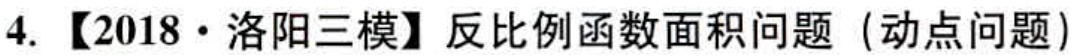
4.【2018·洛阳三模】反比例函数面积问题（动点问题）